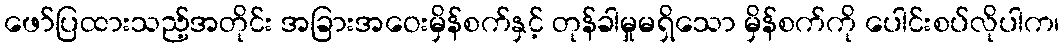
ဖော်ပြထားသည့်အတိုင်း အခြားအဝေးမှိန်စက်နှင့် တုန်ခါမှုမရှိသော မှိန်စက်ကို ပေါင်းစပ်လိုပါက၊